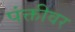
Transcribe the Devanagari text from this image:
पंक्तीवर